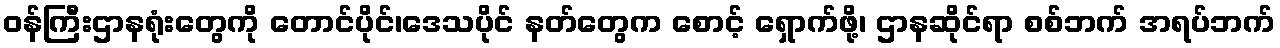
ဝန်ကြီးဌာနရုံးတွေကို တောင်ပိုင်၊ဒေသပိုင် နတ်တွေက စောင့် ရှောက်ဖို့၊ ဌာနဆိုင်ရာ စစ်ဘက် အရပ်ဘက်